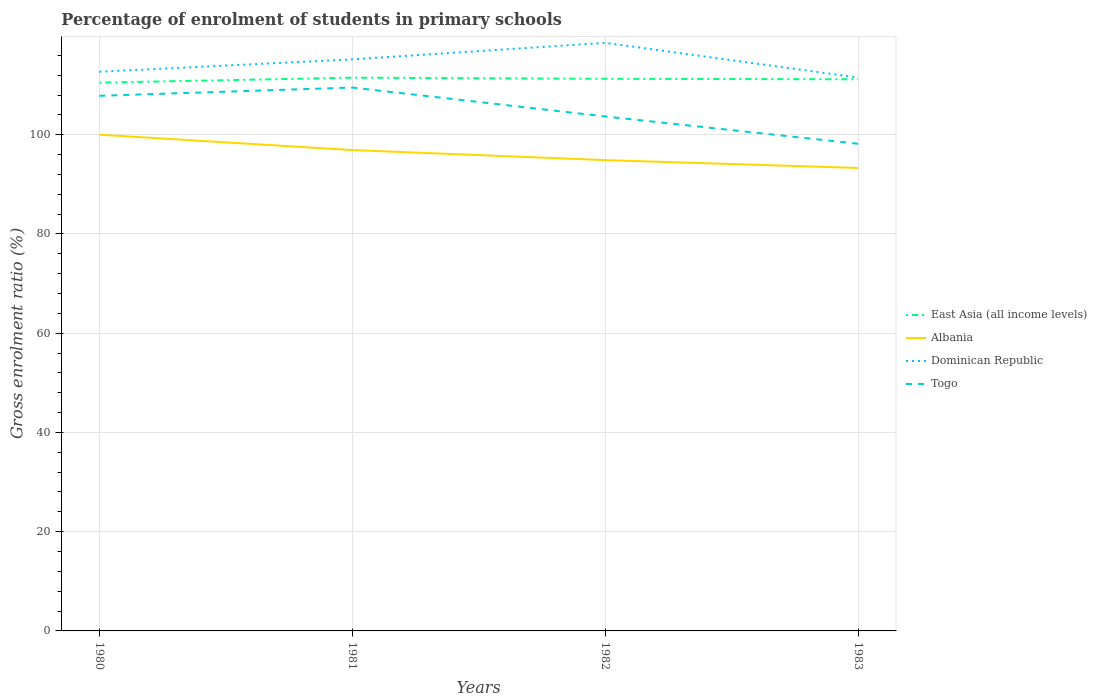
| Years | East Asia (all income levels) | Albania | Dominican Republic | Togo |
 | --- | --- | --- | --- | --- |
 | 1980 | 110 | 100 | 113 | 108 |
 | 1981 | 111 | 96.9 | 115 | 110 |
 | 1982 | 111 | 94.9 | 119 | 104 |
 | 1983 | 111 | 93.3 | 112 | 98.2 |